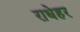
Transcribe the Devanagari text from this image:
राधेहर